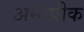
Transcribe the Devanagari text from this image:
अन्नपीक